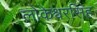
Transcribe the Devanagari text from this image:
लोकेश्वरसिंह